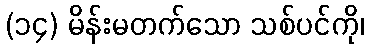
(၁၄) မိန်းမတက်သော သစ်ပင်ကို၊